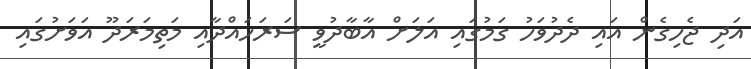
އަދި ޖެހިގެން އައި ދެދުވަހު ގަމުގައި އަލަށް އާބާދުވީ ސަރަހައްދާއި މަތިމަރަދޫ އަވަށުގައި